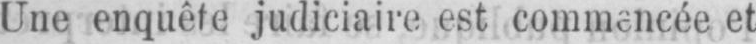
Une enquête judiciaire est commencée et